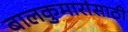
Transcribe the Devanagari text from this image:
बालकुमारांसाठी